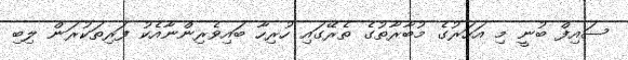
ސައިފް ބުނީ މި އަހަރުގެ މުބާރާތުގެ ތެރޭގައި ހުރިހާ ބައިވެރިންނާއެކު ފަރިތަކުރަން ލިބި